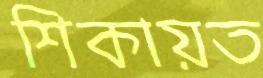
শিকায়ত